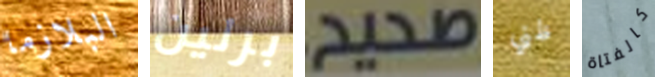
البلازما برلين صحيح ظني كالفتاة